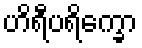
ဟိရီပရိက္ခော